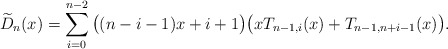
\begin{align*}\widetilde{D}_{n}(x)= \sum_{i=0}^{n-2} \big( (n-i-1)x+i+1 \big) \big( xT_{n-1,i}(x)+T_{n-1,n+i-1}(x) \big).\end{align*}